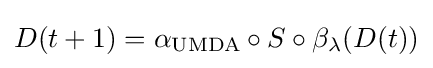
D(t+1)=\alpha _{\text{UMDA}}\circ S\circ \beta _{\lambda }(D(t))